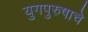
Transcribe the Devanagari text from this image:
युगपुरुषाचे